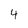
Character: 4